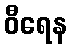
ဝီရေန